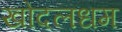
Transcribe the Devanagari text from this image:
खोदलधम